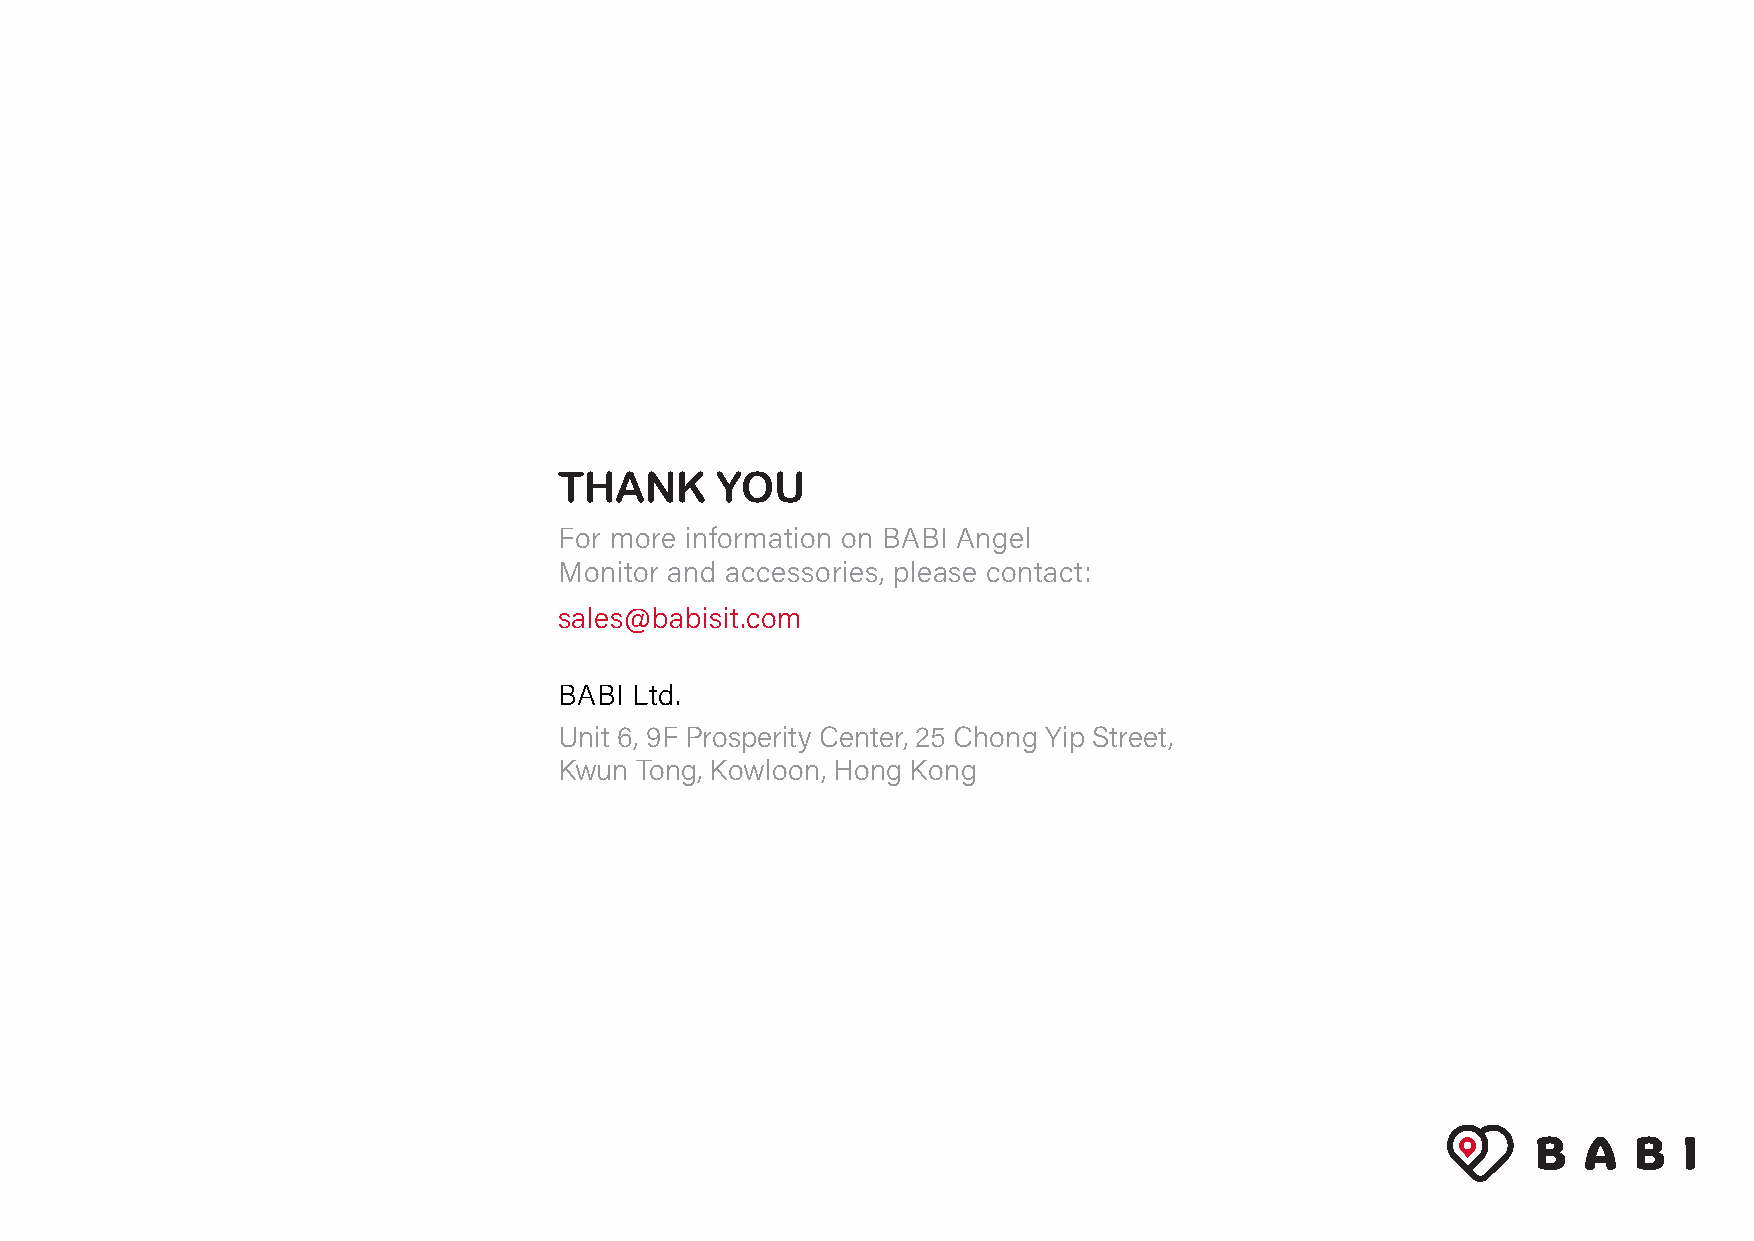
THANK     YOU
 For more information on BABI Angel
 Monitor and accessories, please contact:
 sales@babisit.com
 BABI Ltd.
 Unit 6, 9F Prosperity Center, 25 Chong Yip Street,
 Kwun Tong, Kowloon, Hong Kong